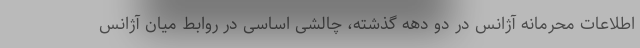
اطلاعات محرمانه آژانس در دو دهه گذشته، چالشی اساسی در روابط میان آژانس